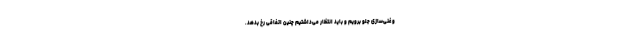
و غنی‌سازی جلو برویم و باید انتظار می‌داشتیم چنین اتفاقی رخ بدهد.